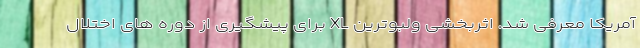
آمریکا معرفی شد. اثربخشی ولبوترین XL برای پیشگیری از دوره های اختلال